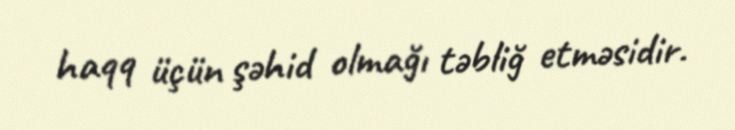
haqq üçün şəhid olmağı təbliğ etməsidir.